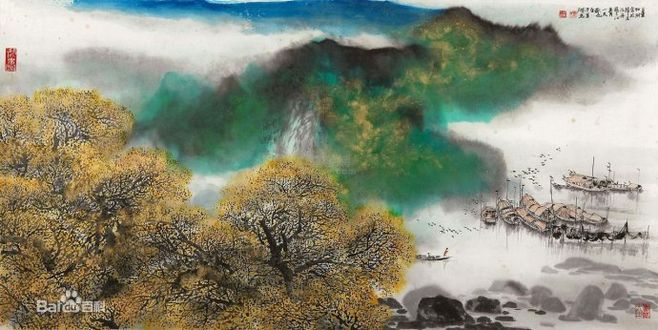
秋波落泗水，海色明徂徕。